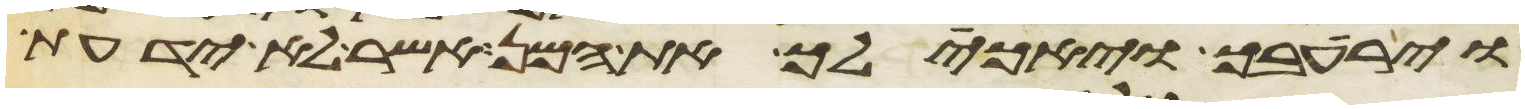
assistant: וירעבך ויאכילך את המן אשר לא ידעת